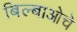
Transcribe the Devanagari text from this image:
बिल्बाओचे